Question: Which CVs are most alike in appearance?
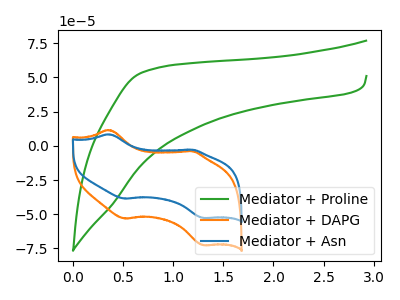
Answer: <think>The green curve "Mediator + Proline" has no peaks. The orange curve "Mediator + DAPG" has anodic peaks at (0.35V, 11.50uA) (1.20V, -3.95uA) and cathodic peaks at (0.50V, -53.10uA) (1.30V, -72.60uA). The blue curve "Mediator + Asn" has anodic peaks at (0.35V, 8.35uA) (1.20V, -2.90uA) and cathodic peaks at (0.50V, -38.55uA) (1.30V, -52.75uA).
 "Mediator + Proline" and "Mediator + DAPG" have a different number of peaks. "Mediator + Proline" and "Mediator + Asn" have a different number of peaks. All the peaks in "Mediator + DAPG" have a peak in "Mediator + Asn" at the same potential.</think>
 <answer>"Mediator + DAPG" and "Mediator + Asn" have the same shape and are likely CV's of the same chemical.</answer>
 <eval>"Mediator + DAPG" "Mediator + Asn"</eval>